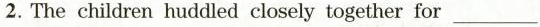
2.The children huddled closely together for___